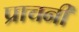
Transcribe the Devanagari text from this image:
प्राचनी